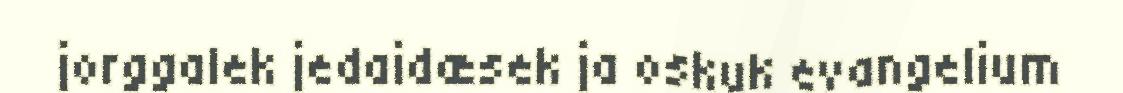
jorggalek jedaidæsek ja oskuk evangelium